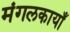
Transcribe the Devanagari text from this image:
मंगलकायाँ